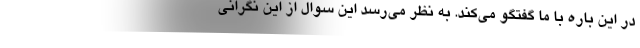
در این باره با ما گفتگو می‌کند. به نظر می‌رسد این سوال از این نگرانی